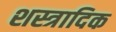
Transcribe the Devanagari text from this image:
शस्त्रादिक